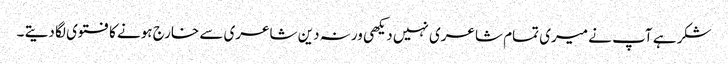
شکر ہے آپ نے میری تمام شاعری نہیں دیکھی ورنہ دین شاعری سے خارج ہونے کا فتوی لگا دیتے ۔